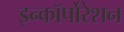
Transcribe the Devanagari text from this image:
इन्कॉर्पोरेशन